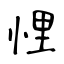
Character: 悝